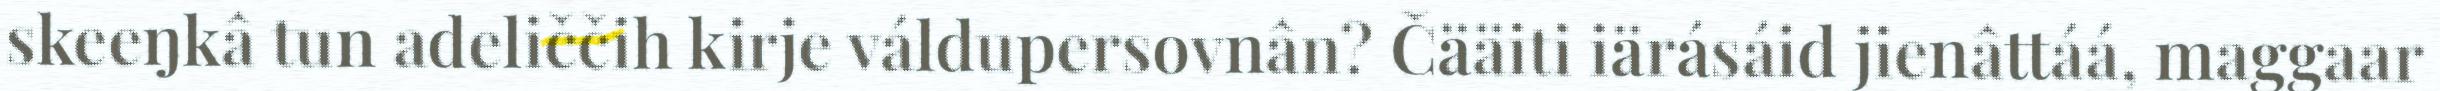
skeeŋkâ tun adeliččih kirje váldupersovnân? Čääiti iärásáid jienâttáá, maggaar